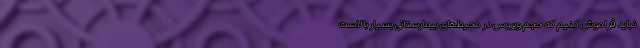
نباید فراموش کنیم که حجم ویروس در محیط‌های بیمارستانی بسیار بالاست